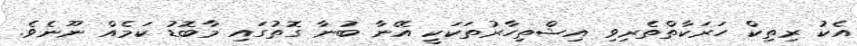
އެކު ރިތިކް ހަރަކާތްތެރިވި އިޝްތިހާރުތަކަކީ އޭނާ ބުނާ ގޮތުގައި މާބޮޑު ކަމެއް ނޫނެވެ.